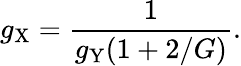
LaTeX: g_{\mathrm{X}}=\frac{1}{g_{\mathrm{Y}}(1+2/G)}.